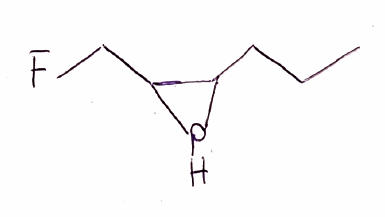
Simplified molecular-input line-entry system (SMILES) notation of the given molecule:
CCCC1C(P1)CF